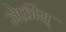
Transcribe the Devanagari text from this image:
जेफ्रीस्